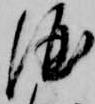
酒